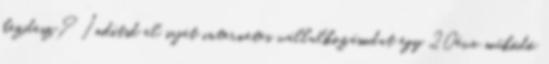
kezdesz? Indítsd el saját internetes vállalkozásodat egy 20éve működö